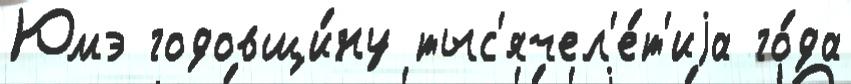
Юмэ годовщи́ну тыс'ячел'е́т'иjа го́да